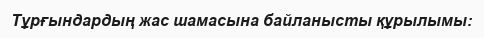
Тұрғындардың жас шамасына байланысты құрылымы: